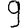
Digit: 9